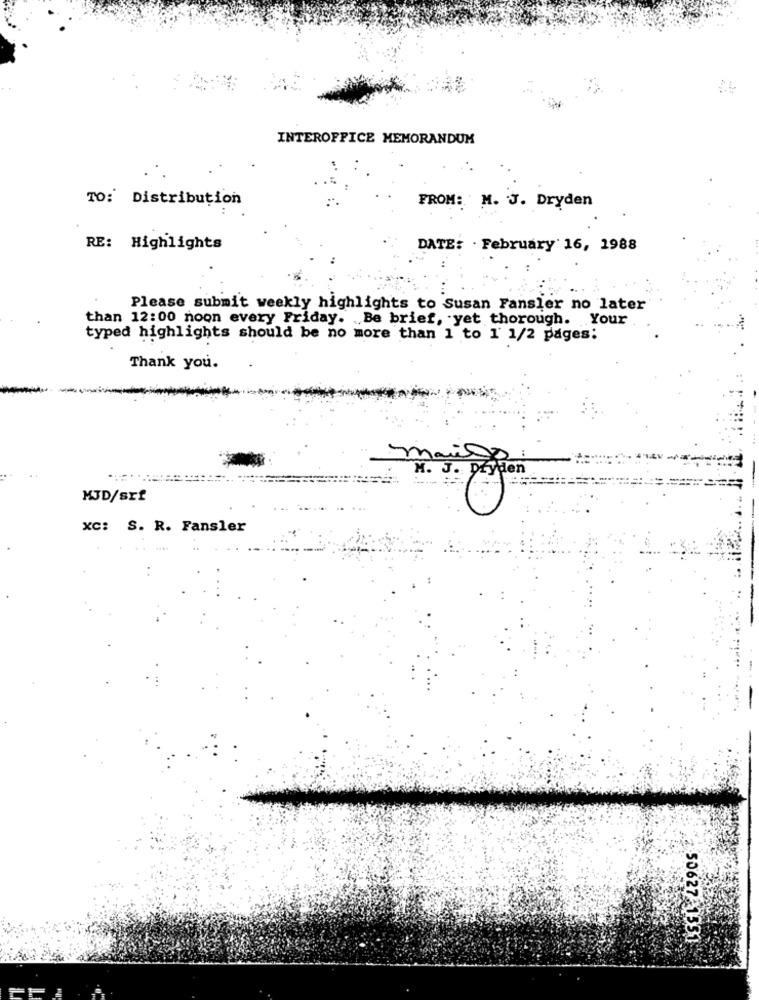
INTEROFFICE MEMORANDUM
TO: Distribution
FROM: M. J. Dryden
RE: Highlights
DATE: . February 16, 1988
Please submit weekly highlights to Susan Fansler no later
than 12:00 noon every Friday. Be brief, yet thorough. Your
typed highlights should be no more than 1 to 1' 1/2 pages:
Thank you.
mais
M. J. płyden
....
MJD/srf
XC: S. R. Fansler
50627-1551